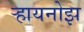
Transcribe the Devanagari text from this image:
र्‍हायनोझ